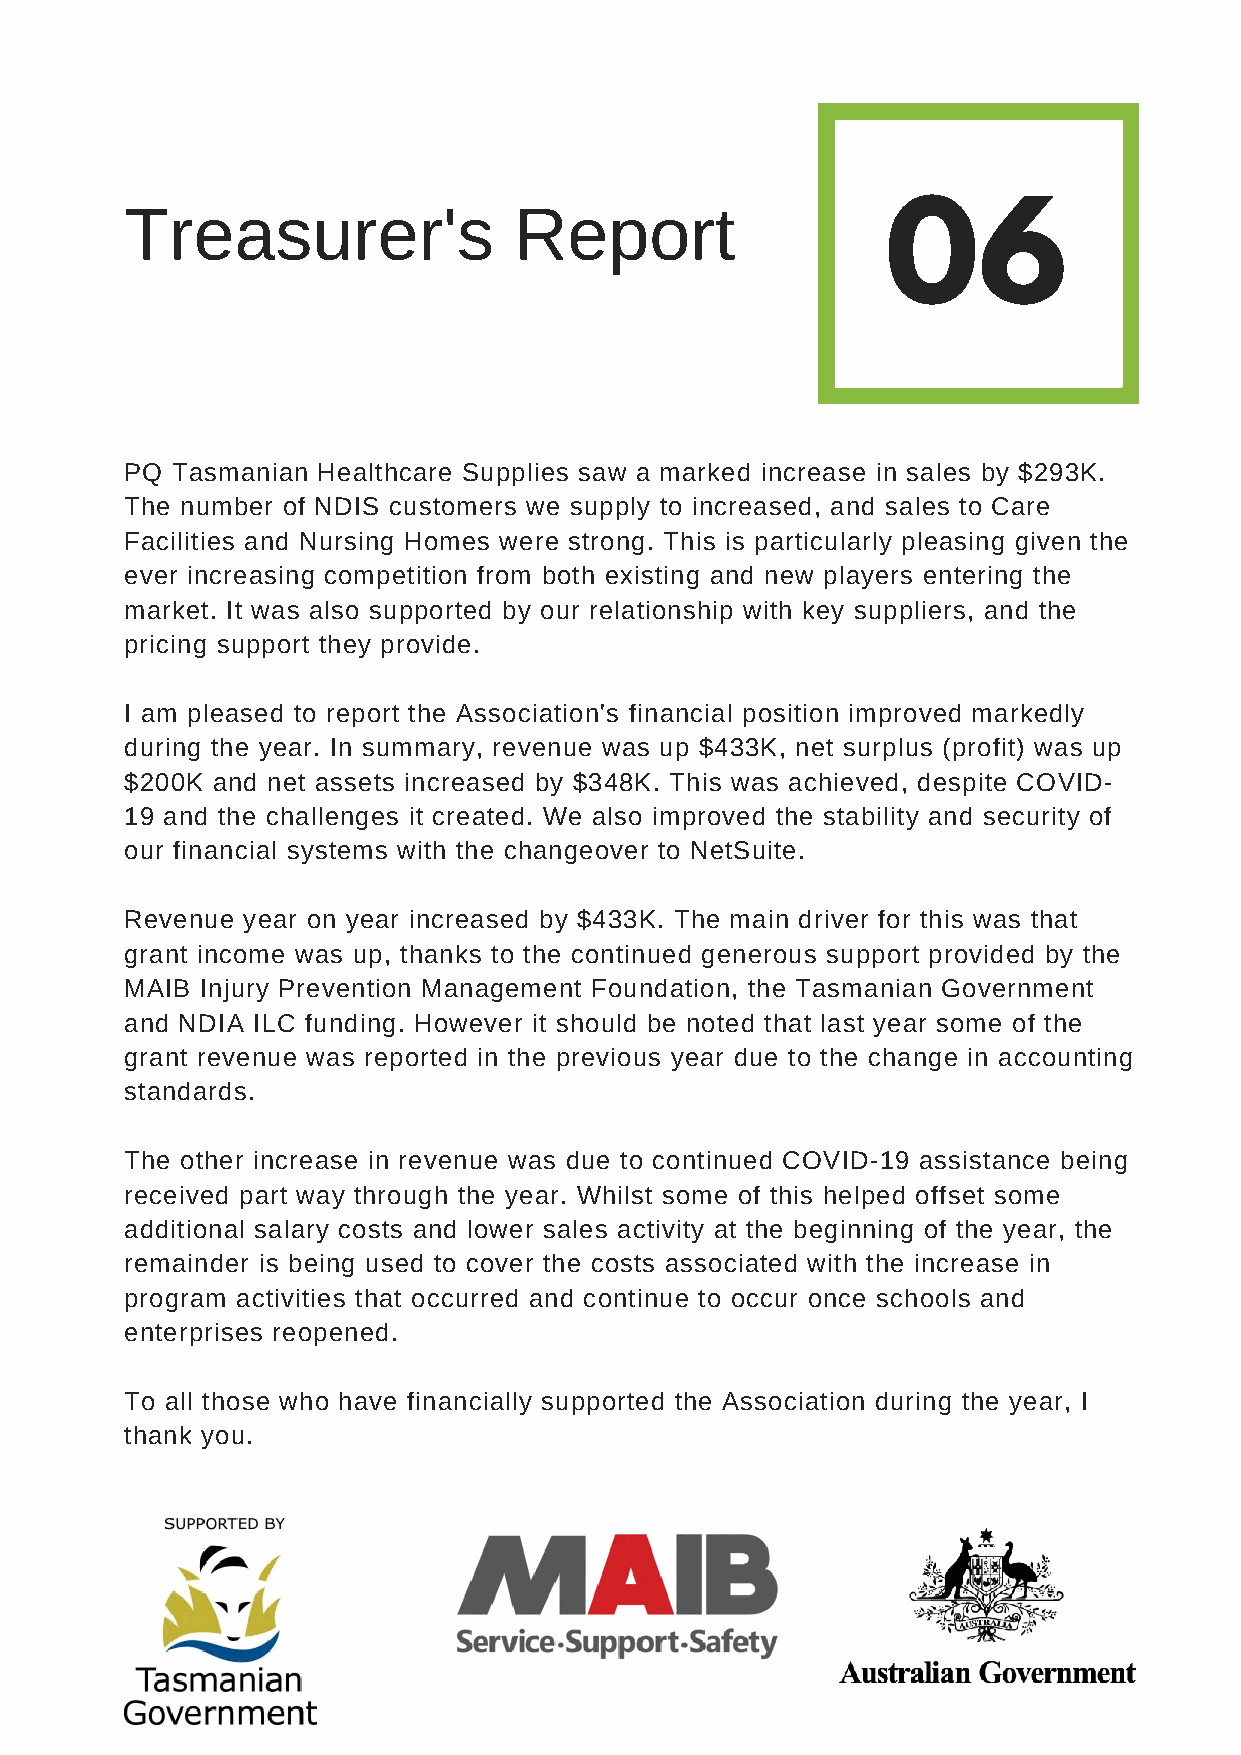
Treasurer's               Report
 06
 PQ Tasmanian Healthcare Supplies saw a marked increase in sales by $293K.
 The number of NDIS customers we supply to increased, and sales to Care
 Facilities and Nursing Homes were strong. This is particularly pleasing given the
 ever increasing competition from both existing and new players entering the
 market. It was also supported by our relationship with key suppliers, and the
 pricing support they provide.
 I am pleased to report the Association's financial position improved markedly
 during the year. In summary, revenue was up $433K, net surplus (profit) was up
 $200K and net assets increased by $348K. This was achieved, despite COVID-
 19 and the challenges it created. We also improved the stability and security of
 our financial systems with the changeover to NetSuite.
 Revenue year on year increased by $433K. The main driver for this was that
 grant income was up, thanks to the continued generous support provided by the
 MAIB Injury Prevention Management Foundation, the Tasmanian Government
 and NDIA ILC funding. However it should be noted that last year some of the
 grant revenue was reported in the previous year due to the change in accounting
 standards.
 The other increase in revenue was due to continued COVID-19 assistance being
 received part way through the year. Whilst some of this helped offset some
 additional salary costs and lower sales activity at the beginning of the year, the
 remainder is being used to cover the costs associated with the increase in
 program activities that occurred and continue to occur once schools and
 enterprises reopened.
 To all those who have financially supported the Association during the year, I
 thank you.